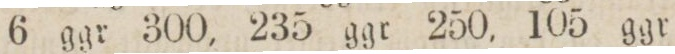
6 ggr 300, 235 ggr 250, 105 ggr